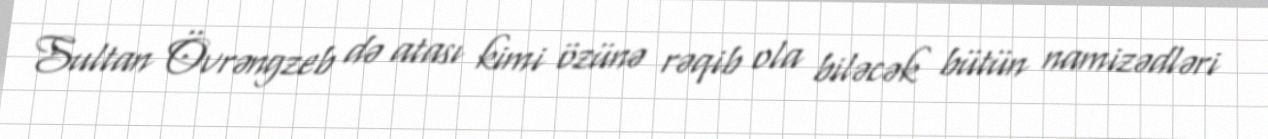
Sultan Övrəngzeb də atası kimi özünə rəqib ola biləcək bütün namizədləri